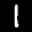
Label: 1